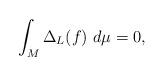
LaTeX: \begin{align*} \int_M\Delta_L(f)~d\mu=0,\end{align*}